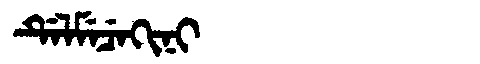
Manchu: ᡩᡝᠯᠮᡝᠴᡝᡴᡳᠨᡳ
Romanization: DELMECEKINI